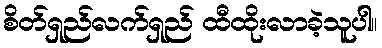
စိတ်ရှည်လက်ရှည် ထီထိုးလာခဲ့သူပါ။